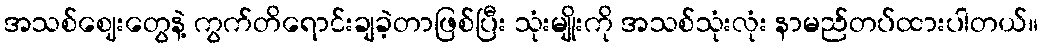
အသစ်ဈေးတွေနဲ့ ကွက်တိရောင်းချခဲ့တာဖြစ်ပြီး သုံးမျိုးကို အသစ်သုံးလုံး နာမည်တပ်ထားပါတယ်။